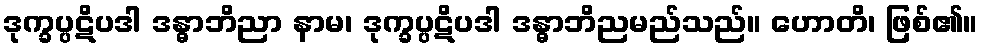
ဒုက္ခပ္ပဋိပဒါ ဒန္ဓာဘိညာ နာမ၊ ဒုက္ခပ္ပဋိပဒါ ဒန္ဓာဘိညမည်သည်။ ဟောတိ၊ ဖြစ်၏။